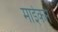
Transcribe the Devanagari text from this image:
माईकने